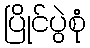
ပြိုင်ပွဲစုံ